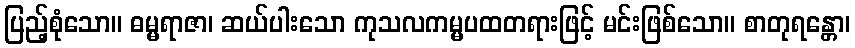
ပြည့်စုံသော။ ဓမ္မရာဇာ၊ ဆယ်ပါးသော ကုသလကမ္မပထတရားဖြင့် မင်းဖြစ်သော။ စာတုရန္တော၊